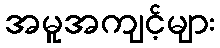
အမူအကျင့်များ